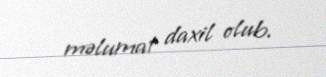
məlumat daxil olub.